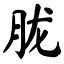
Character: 胧